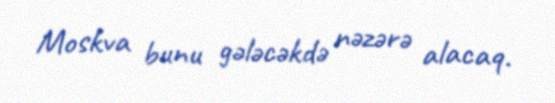
Moskva bunu gələcəkdə nəzərə alacaq.